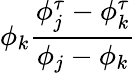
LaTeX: \phi_{k}\frac{\phi_{j}^{\tau}-\phi_{k}^{\tau}}{\phi_{j}-\phi_{k}}